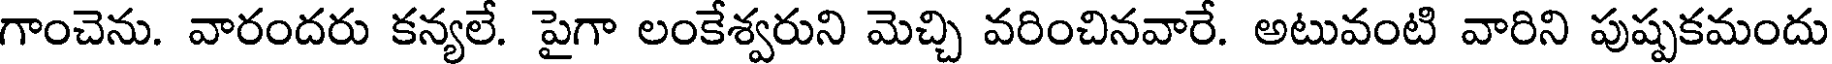
గాంచెను. వారందరు కన్యలే. పైగా లంకేశ్వరుని మెచ్చి వరించినవారే. అటువంటి వారిని పుష్పకమందు